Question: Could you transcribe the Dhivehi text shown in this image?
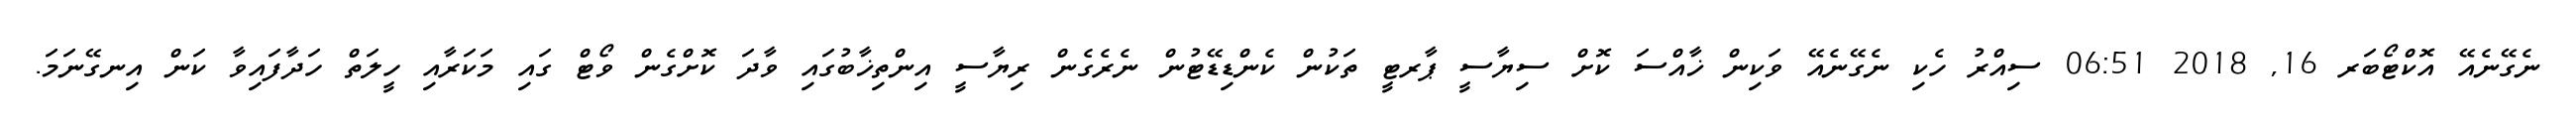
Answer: ނެގޭނެއޭ އޮކްޓޯބަރ 16, 2018 06:51 ސިއްރު ހެކި ނެގޭނެއޭ ވަކިން ޚާއްސަ ކޮށް ސިޔާސީ ޕާރޓީ ތަކުން ކެންޑިޑޭޓުން ނެރެގެން ރިޔާސީ އިންތިޚާބުގައި ވާދަ ކޮށްގެން ވޯޓް ގައި މަކަރާއި ހީލަތް ހަދާފައިވާ ކަން އިނގޭނަމަ.